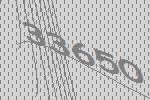
33650